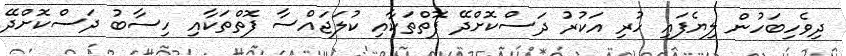
ދިވެހިބަހުން ލިޔެފައި ހުރި އަކުރު ދަސްކޮށްދޭ ފޮތްތަކާއި ކުލަޖައްސާ ފޮތްތަކާއި ހިސާބު ދަސްކޮށްދޭ